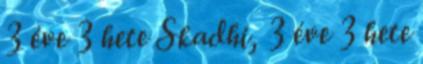
3 éve 3 hete Skadhi, 3 éve 3 hete